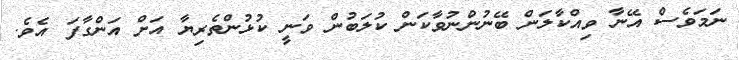
ނަމަވެސް އޭނާ ވިއްކާލަން ބޭނުންނުވާކަން ކުލަބުން ވަނީ ކުޅުންތެރިޔާ އަށް އަންގާފަ އެވެ.